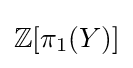
\mathbb {Z} [\pi _{1}(Y)]